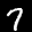
Label: 7